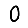
Digit: 0